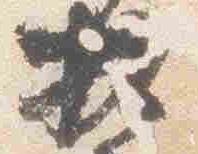
左